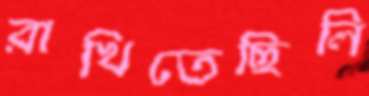
রাখিতেছিলি